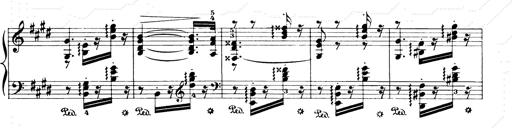
Title: Consolations and LiebestrÃ¤ume for the Piano
Composer: Franz Liszt